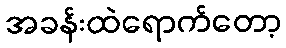
အခန်းထဲရောက်တော့